65_HS1-834228961_62-HQ-83894_Serial_130
Agency: FBI
Page 4
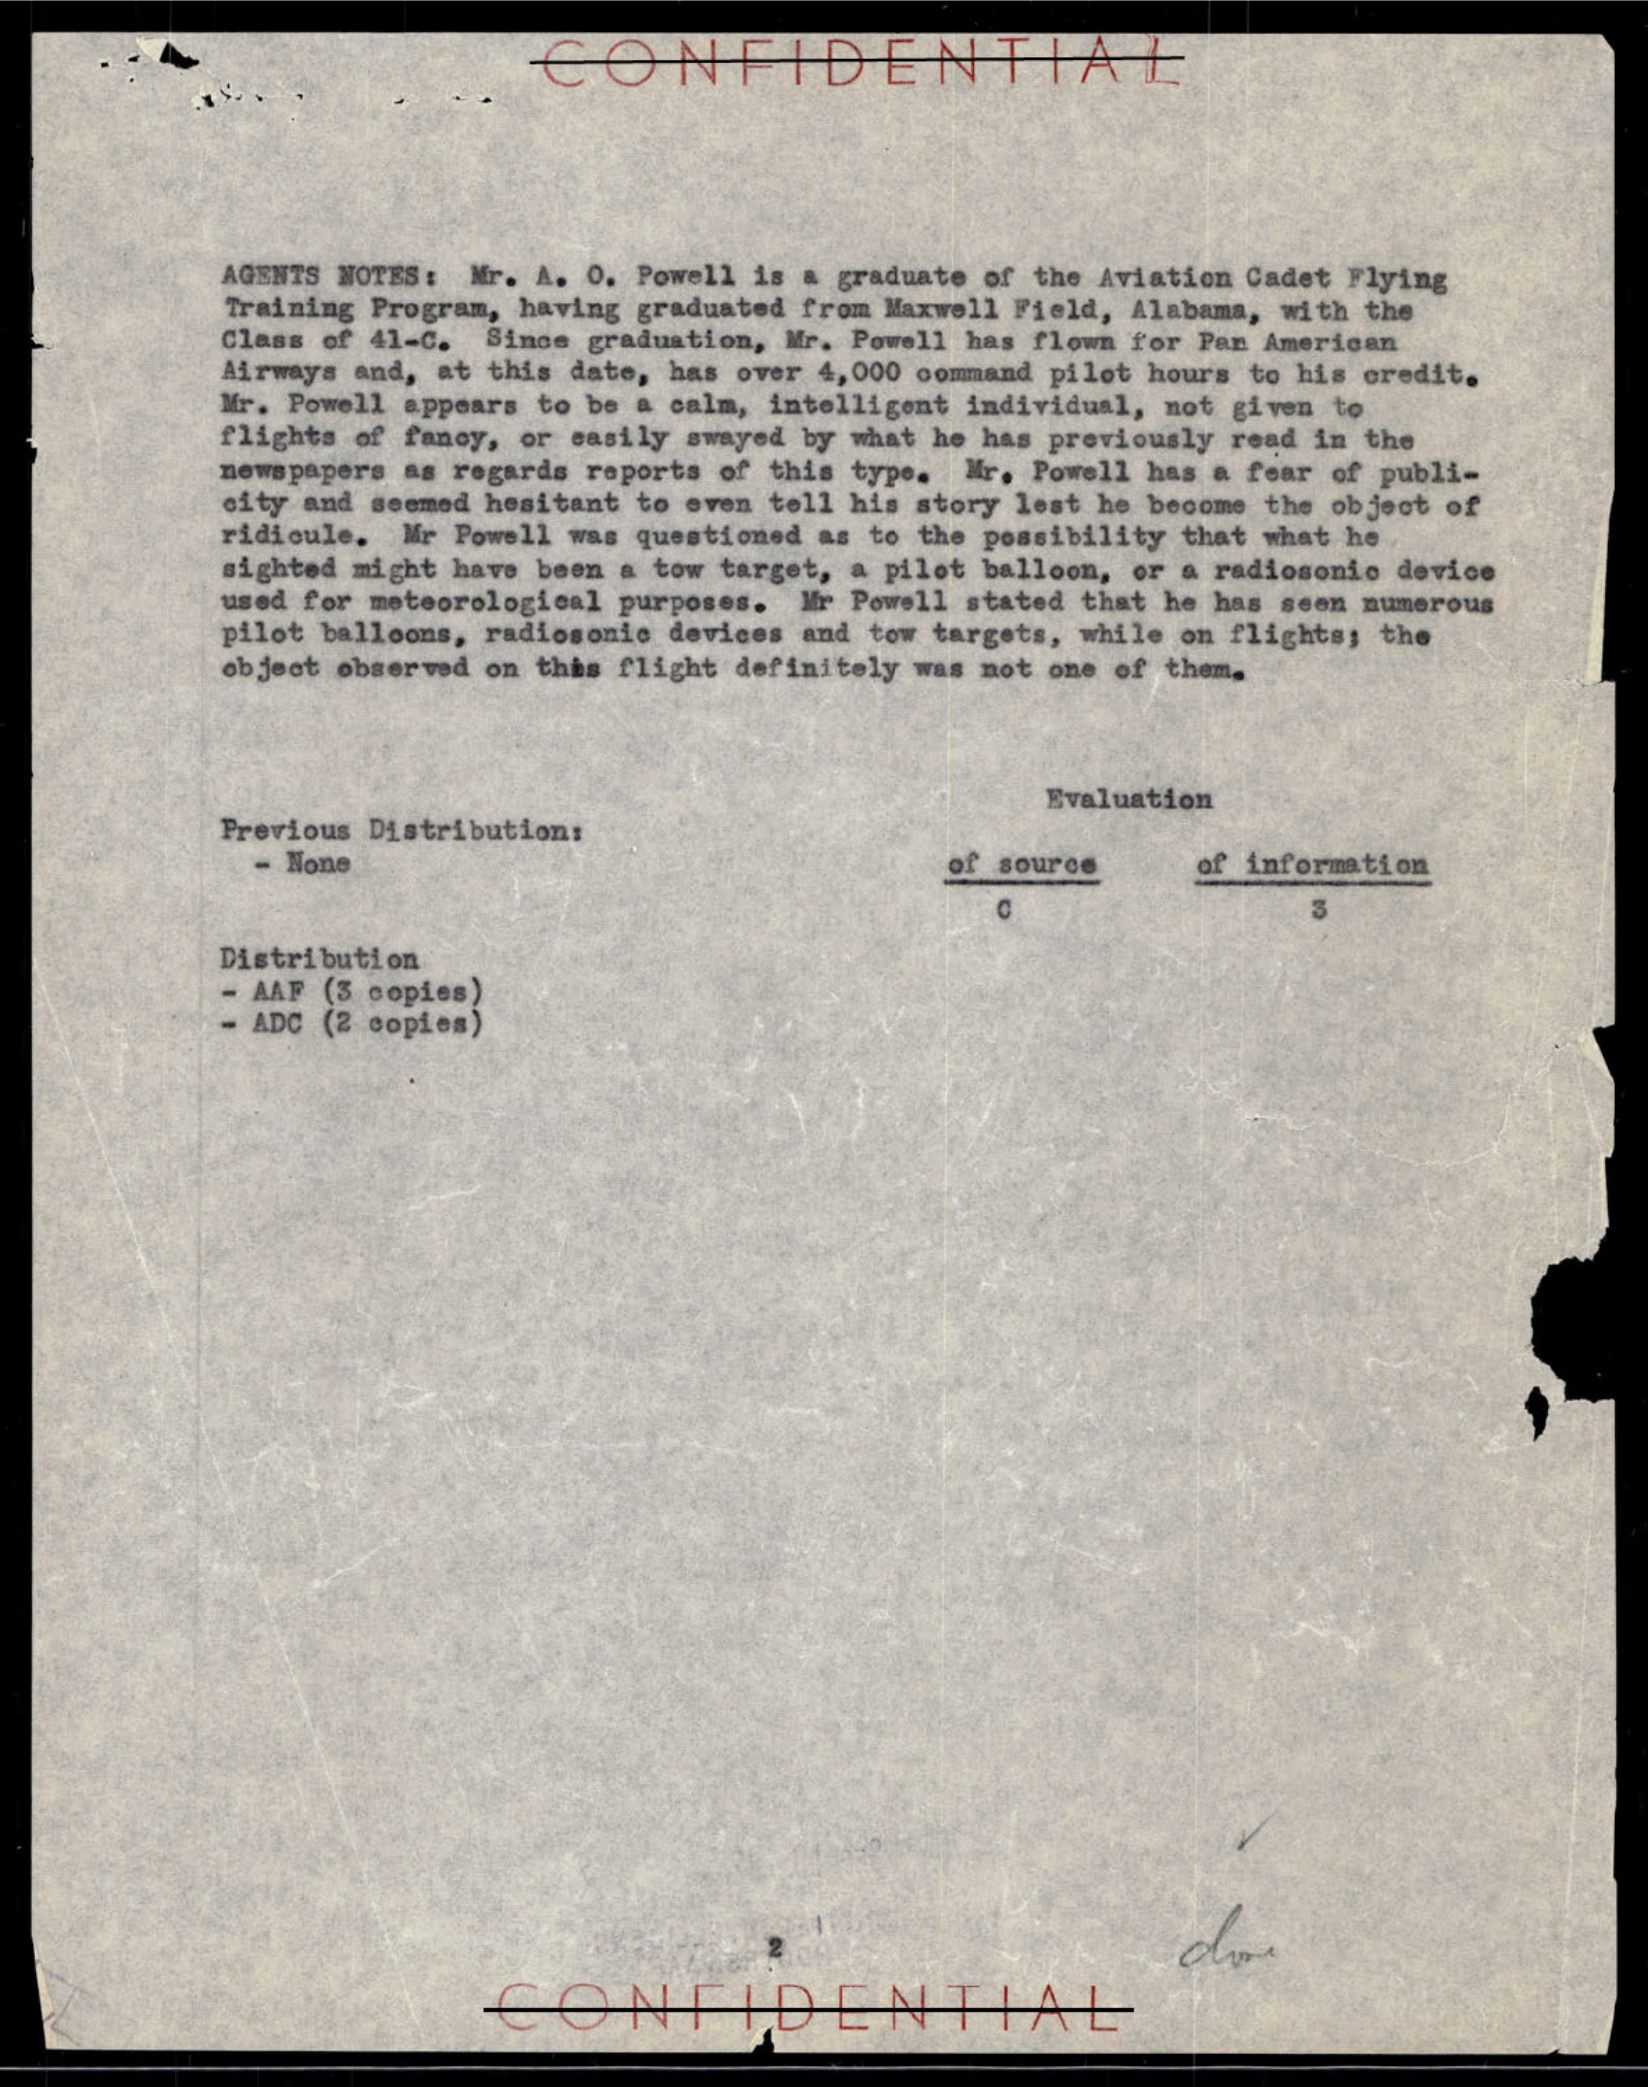